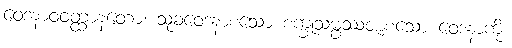
ဝေဒနာဝဝတ္ထာနတော၊ သုခဝေဒနာစသော စက္ခုသမ္ဖဿဇာစသော ဝေဒနာကို